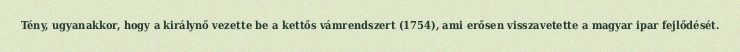
Tény, ugyanakkor, hogy a királynő vezette be a kettős vámrendszert (1754), ami erősen visszavetette a magyar ipar fejlődését.